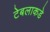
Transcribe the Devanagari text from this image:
टेबलाकडे